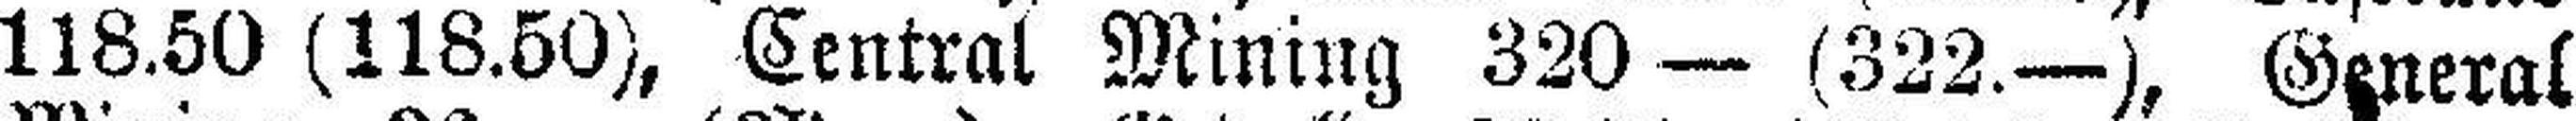
118.50 (118.50), Central Mining 320 — (322.—), General